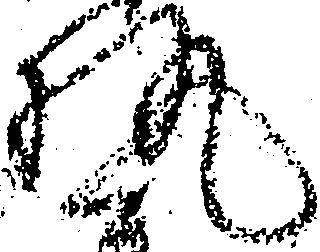
執